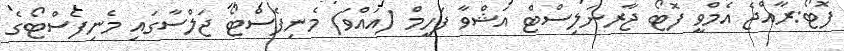
ފޮޓޯ:ރާއްޖެ އެމްވީ ފޮޓޯ ޖާރނަލިސްޓް އަޝްވާ ފަހީމް (އައްވަ) މެނިފެސްޓޯ ޖަލްސާގައި މެނިފެސްޓޯގެ